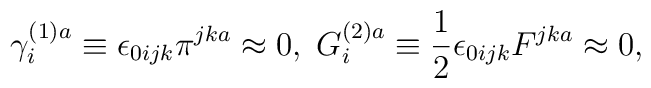
\gamma _i^{(1)a}\equiv \epsilon _{0ijk}\pi ^{jka}\approx0,\;G_i^{(2)a}\equiv \frac 12\epsilon _{0ijk}F^{jka}\approx 0,